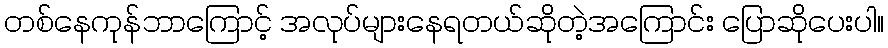
တစ်နေကုန်ဘာကြောင့် အလုပ်များနေရတယ်ဆိုတဲ့အကြောင်း ပြောဆိုပေးပါ။